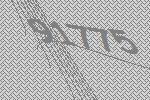
91775